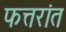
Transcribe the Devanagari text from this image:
फत्तरांत